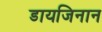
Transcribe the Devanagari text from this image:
डायजिनान